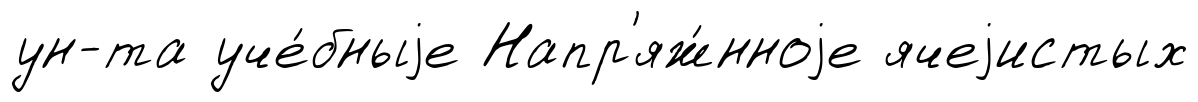
ун-та уче́бныjе Напр'яж́нноjе ячеjистых